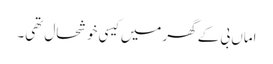
اماں بی کے گھر میں کیسی خوشحال تھی۔